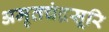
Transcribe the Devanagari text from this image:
अमृतचंद्रसूरि